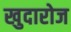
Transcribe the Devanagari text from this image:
खुदारोज